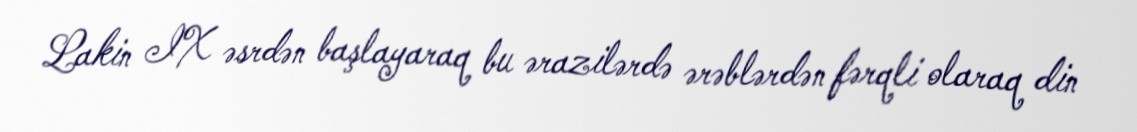
Lakin IX əsrdən başlayaraq bu ərazilərdə ərəblərdən fərqli olaraq din